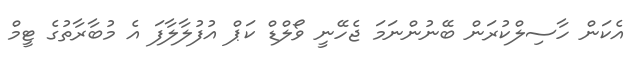
އެކަން ހާސިލްކުރަން ބޭނުންނަމަ ޖެހޭނީ ވޯލްޑް ކަޕް އުފުލާލާފަ އެ މުބާރާތުގެ ޓީމް